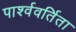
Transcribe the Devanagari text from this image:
पार्श्ववर्तिता